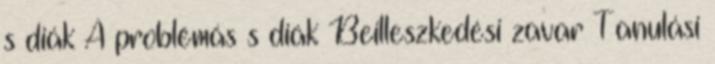
s diák A problémás s diák Beilleszkedési zavar Tanulási